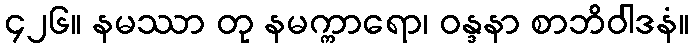
၄၂၆။ နမဿာ တု နမက္ကာရော၊ ဝန္ဒနာ စာဘိဝါဒနံ။